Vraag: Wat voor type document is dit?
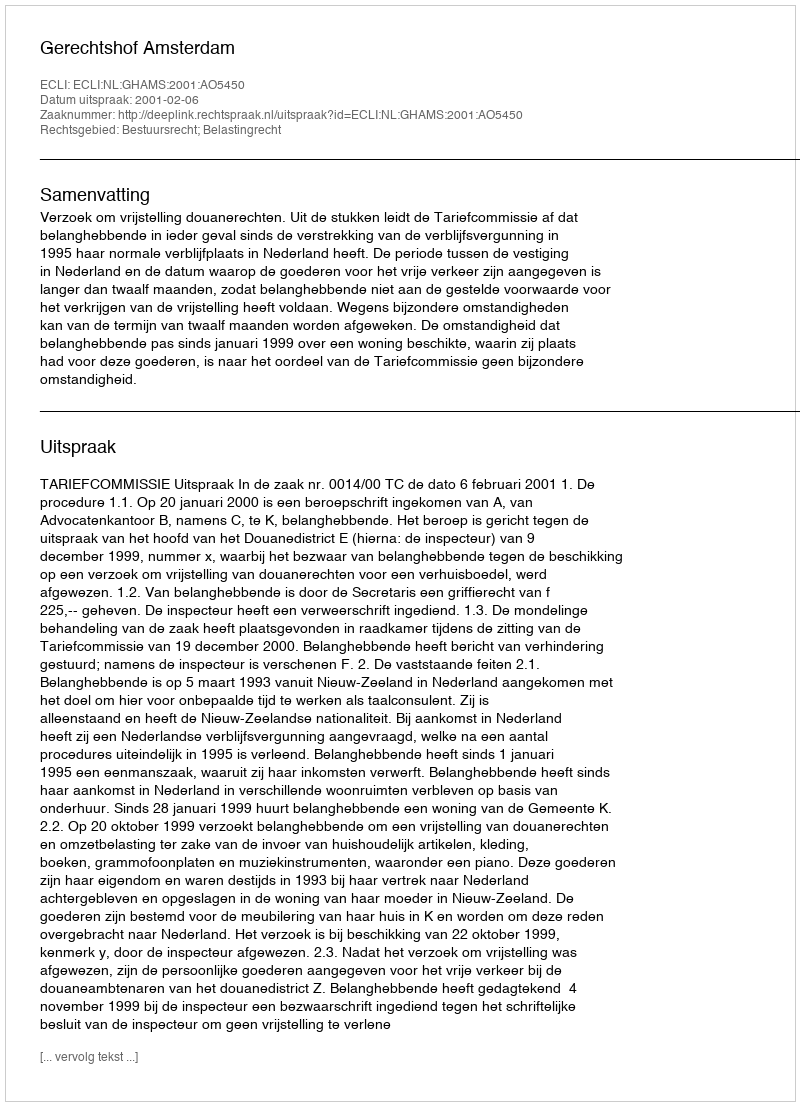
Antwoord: Uitspraak